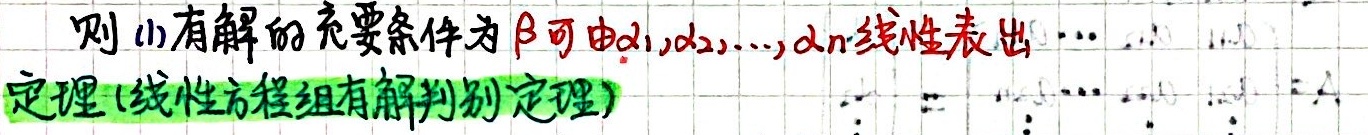
则 (1) 有解的充要条件为 $\beta$ 可由 $\alpha_1,\alpha_2,\cdots,\alpha_n$ 线性表出。

定理 (线性方程组有解判别定理)